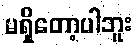
မရှိတော့ပါဘူး